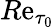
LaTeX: R\mathrm{e}_{\tau_{0}}